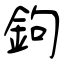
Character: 鉤